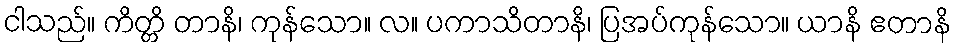
ငါသည်။ ကိတ္တိ တာနိ၊ ကုန်သော။ လ။ ပကာသိတာနိ၊ ပြအပ်ကုန်သော။ ယာနိ ဧတာနိ